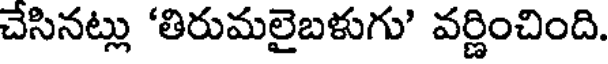
చేసినట్లు 'తిరుమలైబళుగు' వర్ణించింది.